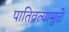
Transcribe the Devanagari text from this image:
पातिव्रत्यामुळे